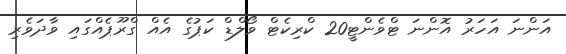
އަންނަ އަހަރު އޮންނަ ޓްވެންޓީ20 ކްރިކެޓް ވޯލްޑް ކަޕުގެ އެއް ގްރޫޕެއްގައި ވާދަވެރި